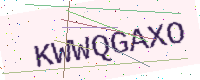
Text: KWWQGAXO